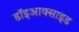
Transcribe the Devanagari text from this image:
डॉइआक्साइड